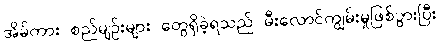
အိမ်ကား စည်မျဉ်းများ တွေရှိခဲ့ရသည် မီးလောင်ကျွမ်းမှုဖြစ်ပွားပြီး